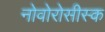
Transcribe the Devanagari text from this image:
नोवोरोसीस्क